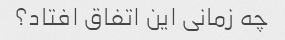
چه زمانی این اتفاق افتاد؟